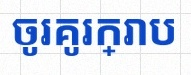
ចូរគូរក្រាប